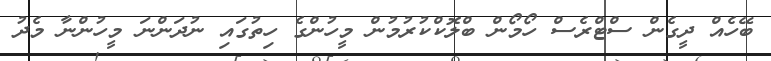
ބޭހެއް ދީގެން ސްޓްރެސް ހޯމޯން ބްލޮކްކުރުމުން މީހުންގެ ހިތުގައި ނުދަންނަ މީހުންނާ މެދު